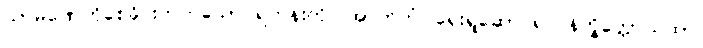
သာမဏေကိုစေခိုင်းတတ်သော ရဟန်းကို။ အာဘတံ၊ ရှေးရှုဆောင်၍။ နိက္ခိတ္တောယထာ၊